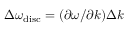
\Delta \omega _ { \mathrm { d i s c } } = ( \partial \omega / \partial k ) \Delta k